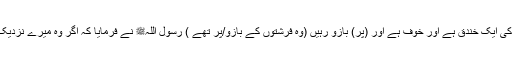
وہ بولا کہ میں نے دیکھا کہ محمدﷺ کے درمیان میں آگ کی ایک خندق ہے اور خوف ہے اور (پر) بازو رہیں (وہ فرشتوں کے بازو/پر تھے ) رسول اللہﷺ نے فرمایا کہ اگر وہ میرے نزدیک آتا تو فرشتے اس کی بوٹی بوٹی، عضو عضو اچک لیتے۔